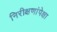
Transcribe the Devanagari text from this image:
निरीक्षणांपेक्षा